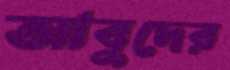
আবুদের